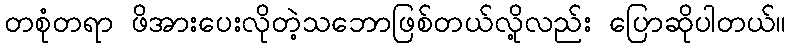
တစုံတရာ ဖိအားပေးလိုတဲ့သဘောဖြစ်တယ်လို့လည်း ပြောဆိုပါတယ်။